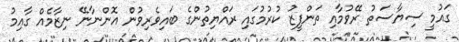
ގައުމީ ސިޔާސަތު ރޭވުމާއި ތަންފީޒު ކުރުމުގައި ރައްޔިތުންގެ ބައިވެރިވުން އޮންނާނޭ ނިޒާމެއް ގާއިމު